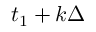
t _ { 1 } + k \Delta